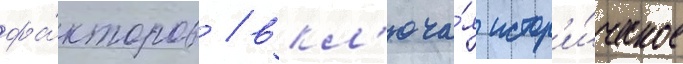
фа́кторов / вкл'юча́я истор'и́ческое